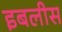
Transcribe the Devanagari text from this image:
इबलीस